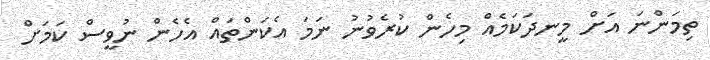
ތިމަންނަ އަށް މީނދަކަމެއް މިހެން ކުރެވުނު ނަމަ އެކަންތައް އެހެން ނުވީސް ކަމަށް